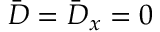
\bar { D } = \bar { D } _ { x } = 0